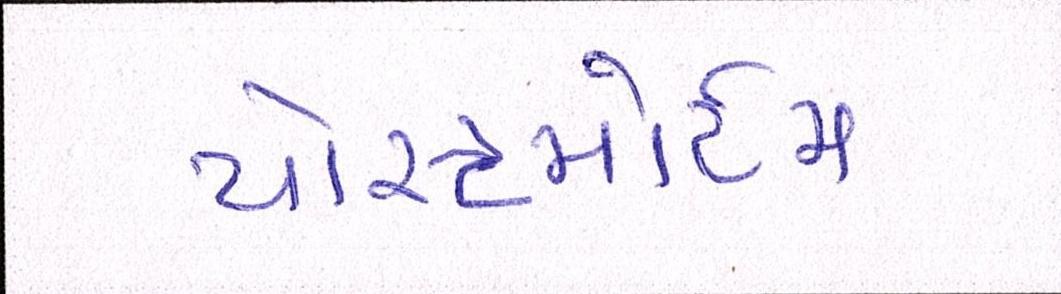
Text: પોસ્ટમોર્ટમ